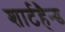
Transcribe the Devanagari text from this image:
शार्टहैन्ड